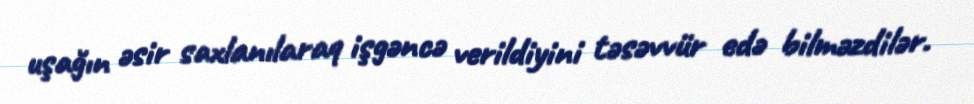
uşağın əsir saxlanılaraq işgəncə verildiyini təsəvvür edə bilməzdilər.